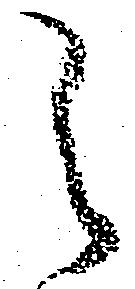
之